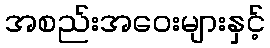
အစည်းအဝေးများနှင့်